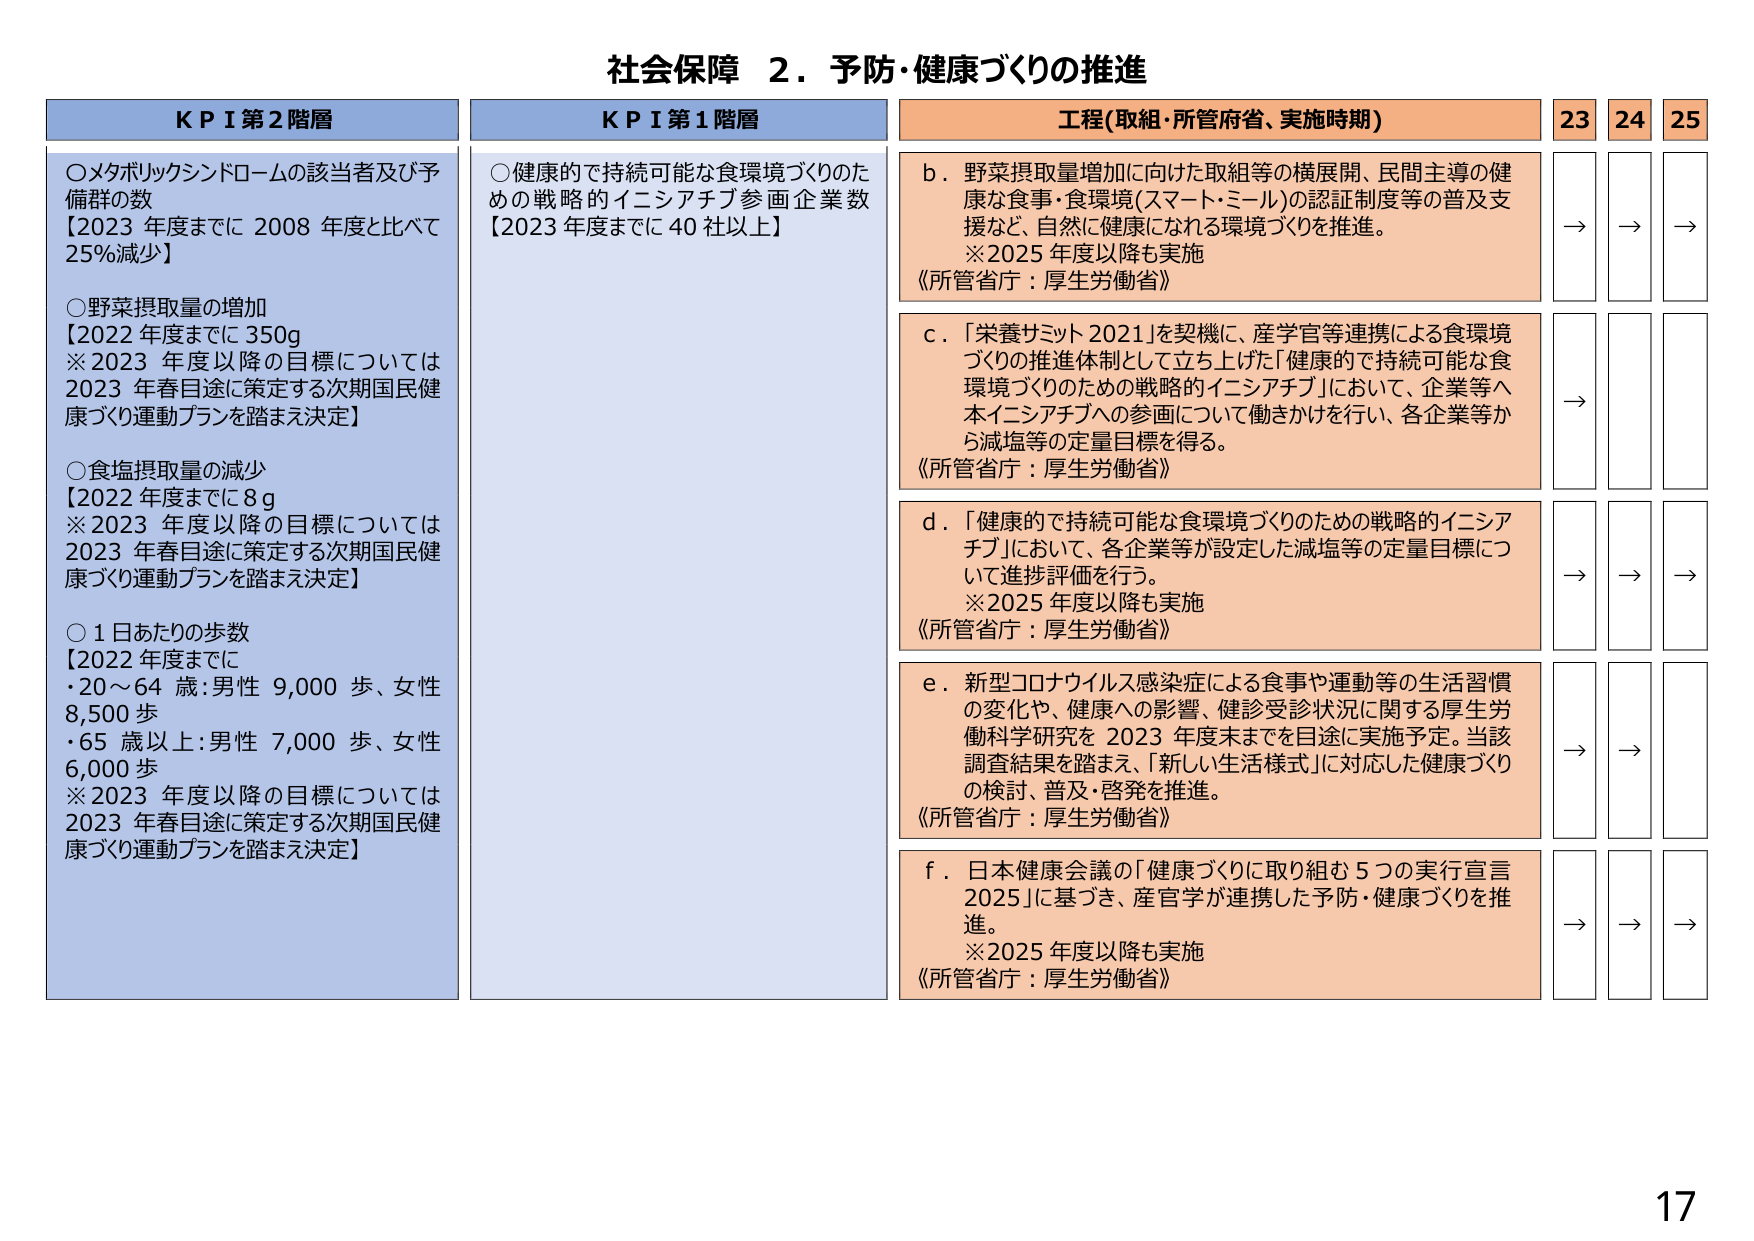
社会保障 ２．予防・健康づくりの推進

KPI 第2階層
○メタボリックシンドロームの該当者及び予備群の数
【2023年度までに2008年度と比べて25%減少】
○野菜摂取量の増加
【2022年度までに350g
※2023年度以降の目標については2023年春目途に策定する次期国民健康づくり運動プランを踏まえ決定】
○食塩摂取量の減少
【2022年度までに8g
※2023年度以降の目標については2023年春目途に策定する次期国民健康づくり運動プランを踏まえ決定】
○1日あたりの歩数
【2022年度までに
・20～64歳：男性9,000歩、女性8,500歩
・65歳以上：男性7,000歩、女性6,000歩
※2023年度以降の目標については2023年春目途に策定する次期国民健康づくり運動プランを踏まえ決定】

KPI 第1階層
○健康的で持続可能な食環境づくりのための戦略的イニシアチブ参画企業数
【2023年度までに40社以上】

工程(取組・所管府省、実施時期)
b．野菜摂取量増加に向けた取組等の横展開、民間主導の健康な食事・食環境(スマート・ミール)の認証制度等の普及支援など、自然に健康になれる環境づくりを推進。
※2025年度以降も実施
《所管省庁：厚生労働省》
c．「栄養サミット2021」を契機に、産学官等連携による食環境づくりの推進体制として立ち上げた「健康的で持続可能な食環境づくりのための戦略的イニシアチブ」において、企業等へ本イニシアチブへの参画について働きかけを行い、各企業等から減塩等の定量目標を得る。
《所管省庁：厚生労働省》
d．「健康的で持続可能な食環境づくりのための戦略的イニシアチブ」において、各企業等が設定した減塩等の定量目標について進捗評価を行う。
※2025年度以降も実施
《所管省庁：厚生労働省》
e．新型コロナウイルス感染症による食事や運動等の生活習慣の変化や、健康への影響、健診受診状況に関する厚生労働科学研究を2023年度末までを目途に実施予定。当該調査結果を踏まえ、「新しい生活様式」に対応した健康づくりの検討、普及・啓発を推進。
《所管省庁：厚生労働省》
f．日本健康会議の「健康づくりに取り組む5つの実行宣言2025」に基づき、産官学が連携した予防・健康づくりを推進。
※2025年度以降も実施
《所管省庁：厚生労働省》

23 24 25
→ → →
→
→ → →
→ →
→ → →
→ → →
17